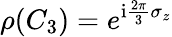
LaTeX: \rho(C_{3})=e^{\mathrm{i}\frac{2\pi}{3}\sigma_{z}}